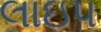
લાઇપ